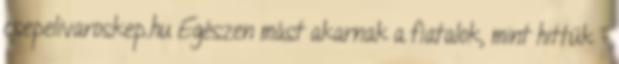
csepelivaroskep.hu Egészen mást akarnak a fiatalok, mint hittük -